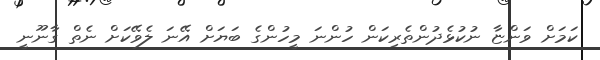
ކަމަށް ވަންޏާ ނުކުޅެދުންތެރިކަން ހުންނަ މީހުންގެ ބަޔަށް އޭނަ ލެވޭކަށް ނެތް ގާނޫނީ